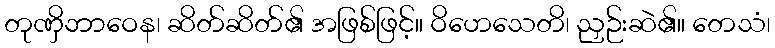
တုဏှိဘာဝေန၊ ဆိတ်ဆိတ်၏ အဖြစ်ဖြင့်။ ဝိဟေသေတိ၊ ညှဉ်းဆဲ၏။ တေသံ၊